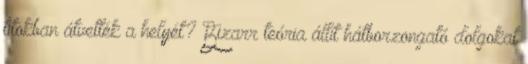
titokban átvették a helyét? Bizarr teória állít hátborzongató dolgokat